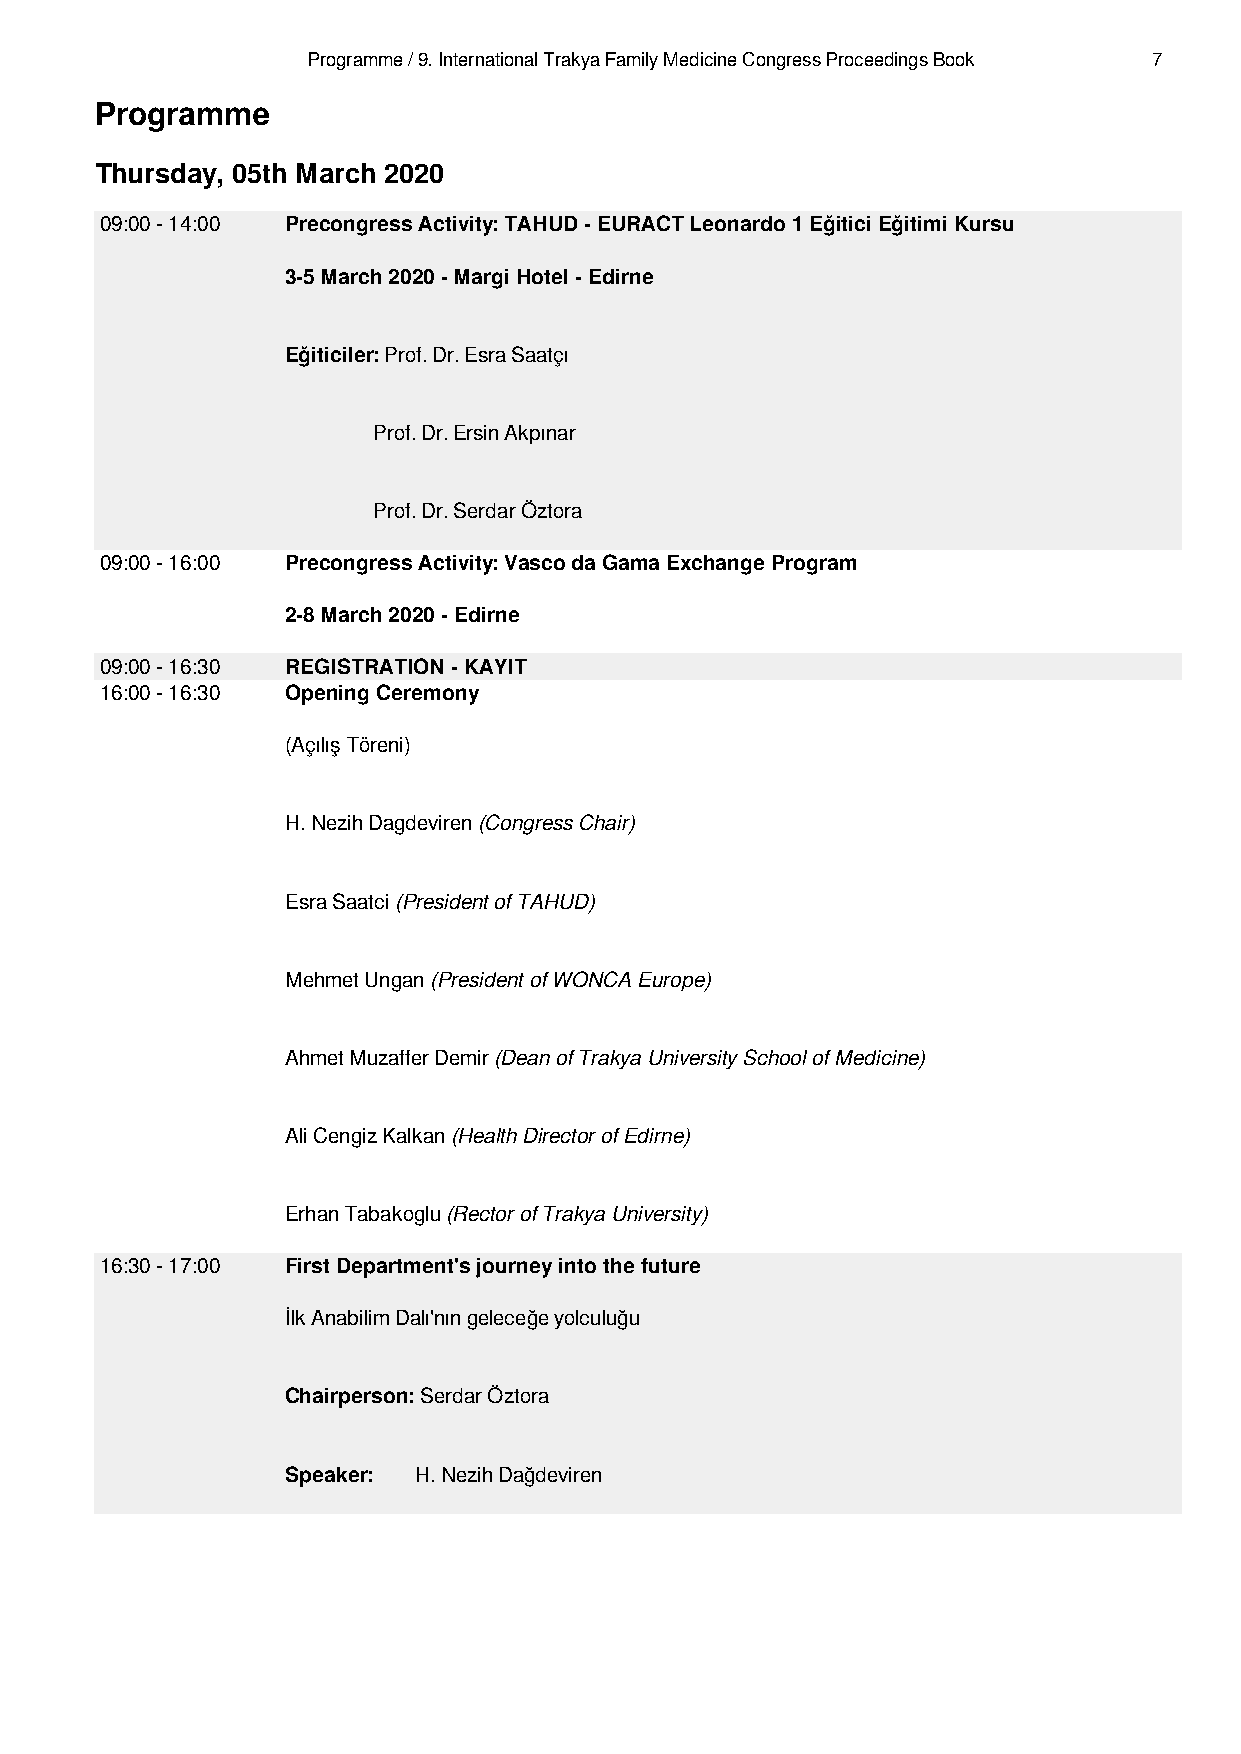
Programme / 9. International Trakya Family Medicine Congress Proceedings Book 7
 Programme
 Thursday, 05th March 2020
 09:00 - 14:00 Precongress Activity: TAHUD - EURACT Leonardo 1 Eğitici Eğitimi Kursu
 3-5 March 2020 - Margi Hotel - Edirne
 Eğiticiler: Prof. Dr. Esra Saatçı
 Prof. Dr. Ersin Akpınar
 Prof. Dr. Serdar Öztora
 09:00 - 16:00 Precongress Activity: Vasco da Gama Exchange Program
 2-8 March 2020 - Edirne
 09:00 - 16:30 REGISTRATION - KAYIT
 16:00 - 16:30 Opening Ceremony
 (Açılış Töreni)
 H. Nezih Dagdeviren (Congress Chair)
 Esra Saatci (President of TAHUD)
 Mehmet Ungan (President of WONCA Europe)
 Ahmet Muzaffer Demir (Dean of Trakya University School of Medicine)
 Ali Cengiz Kalkan (Health Director of Edirne)
 Erhan Tabakoglu (Rector of Trakya University)
 16:30 - 17:00 First Department's journey into the future
 İlk Anabilim Dalı'nın geleceğe yolculuğu
 Chairperson: Serdar Öztora
 Speaker: H. Nezih Dağdeviren